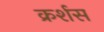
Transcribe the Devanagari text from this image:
क्रर्शस